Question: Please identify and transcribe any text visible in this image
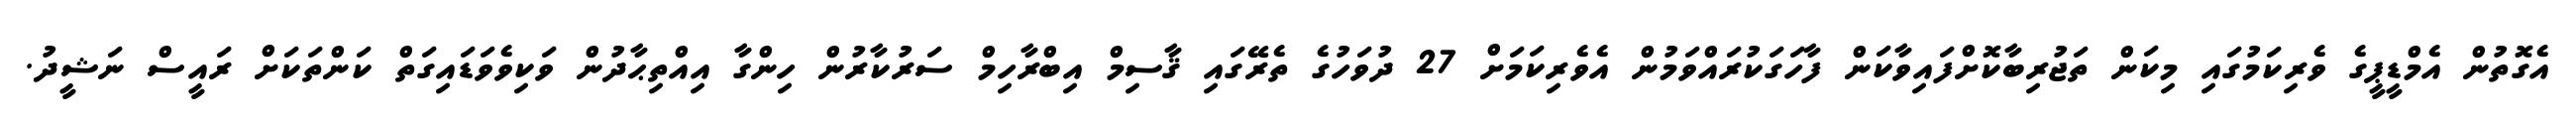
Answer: އެގޮތުން އެމްޑީޕީގެ ވެރިކަމުގައި މިކަން ތަޖުރިބާކޮށްފައިވާކަން ފާހަގަކުރައްވަމުން އެވެރިކަމަށް 27 ދުވަހުގެ ތެރޭގައި ޤާސިމް އިބްރާހިމް ސަރުކާރުން ހިންގާ އިއްތިޙާދުން ވަކިވެވަޑައިގަތް ކަންތަކަށް ރައީސް ނަޝީދު.